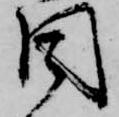
周